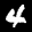
Label: 4